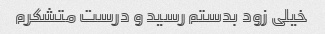
خیلی زود بدستم رسید و درست متشکرم